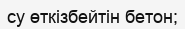
су өткізбейтін бетон;